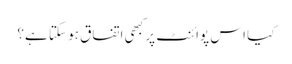
کیا اس پوائنٹ پر کبھی اتفاق ہو سکتا ہے؟